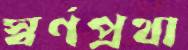
স্বর্ণপ্রথা